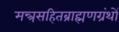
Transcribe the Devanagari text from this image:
मन्त्रसहितब्राह्मणग्रंथों